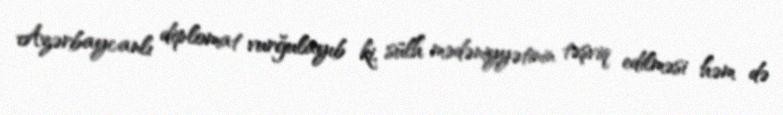
Azərbaycanlı diplomat vurğulayıb ki, sülh mədəniyyətinin təşviq edilməsi həm də